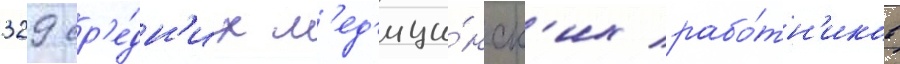
329 ср'е́дн'их м'ед'ици́нск'их рабо́тн'иков